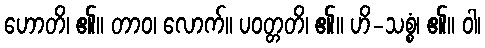
ဟောတိ၊ ၏။ တာဝ၊ လောက်။ ပဝတ္တတိ၊ ၏။ ဟိ-သစ္စံ၊ ၏။ ဝါ၊